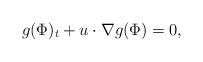
LaTeX: \begin{align*}g(\Phi)_{t}+u\cdot \nabla g(\Phi)=0,\end{align*}